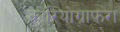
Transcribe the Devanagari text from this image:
कोरियोग्राफ़रा